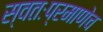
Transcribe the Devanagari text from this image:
स्वतःप्रमाणेच